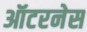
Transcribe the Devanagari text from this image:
ऑटरनेस